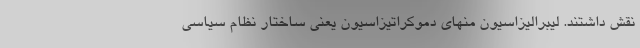
نقش داشتند. لیبرالیزاسیون منهای دموکراتیزاسیون یعنی ساختار نظام سیاسی